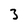
Character: 3